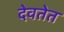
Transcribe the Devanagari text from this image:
देवतेत